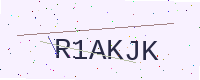
Text: R1AKJK